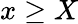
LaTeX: x\ge X